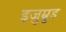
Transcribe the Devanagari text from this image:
इज़ुम्रुड